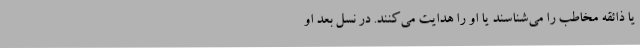
یا ذائقه مخاطب را می‌شناسند یا او را هدایت می‌کنند. در نسل بعد او